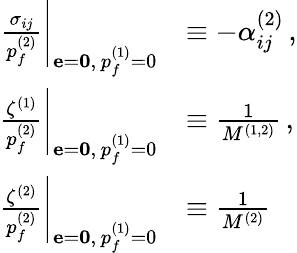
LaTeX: \begin{array}{rl}{\left.\frac{\sigma_{ij}}{p_{f}^{(2)}}\right|_{{\mathbf{e}=\mathbf{0}},\, p_{f}^{(1)}=0}}&{\equiv-\alpha_{ij}^{(2)}\, ,}\\ {\left.\frac{\zeta^{(1)}}{p_{f}^{(2)}}\right|_{{\mathbf{e}=\mathbf{0}},\, p_{f}^{(1)}=0}}&{\equiv\frac{1}{M^{(1,2)}}\, ,}\\ {\left.\frac{\zeta^{(2)}}{p_{f}^{(2)}}\right|_{{\mathbf{e}=\mathbf{0}},\, p_{f}^{(1)}=0}}&{\equiv\frac{1}{M^{(2)}}\, }\end{array}